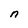
Character: n